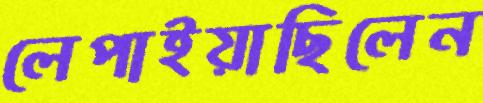
লেপাইয়াছিলেন